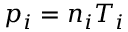
p _ { i } = n _ { i } T _ { i }